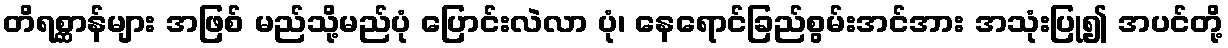
တိရစ္ဆာန်များ အဖြစ် မည်သို့မည်ပုံ ပြောင်းလဲလာ ပုံ၊ နေရောင်ခြည်စွမ်းအင်အား အသုံးပြု၍ အပင်တို့